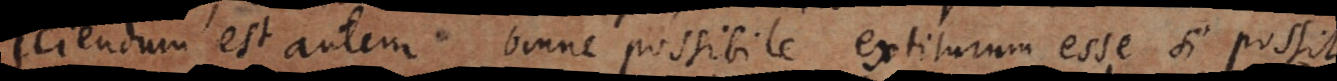
sciendum est autem omne possibile extiturum esse si possit,